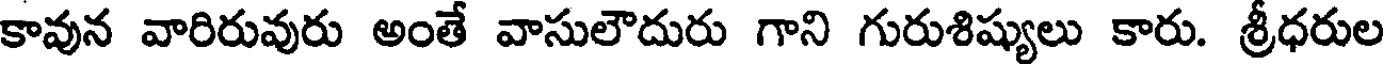
కావున వారిరువురు అంతే వాసులౌదురు గాని గురుశిష్యులు కారు. శ్రీధరుల